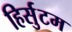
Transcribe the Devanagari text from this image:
हिर्सुटम